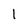
Character: l